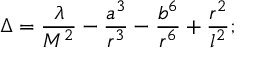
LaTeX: \Delta = \frac { \lambda } { M ^ { 2 } } - \frac { a ^ { 3 } } { r ^ { 3 } } - \frac { b ^ { 6 } } { r ^ { 6 } } + \frac { r ^ { 2 } } { l ^ { 2 } } ;